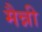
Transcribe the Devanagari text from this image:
मैन्नी